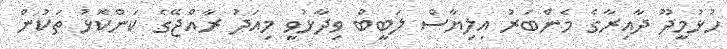
ހުޅުމީދޫ ދާއިރާގެ މެންބަރު އިލިޔާސް ލަބީބް ވިދާޅުވީ މިއަދު ރާއްޖޭގެ ކަންކޮޅު ތަކުން